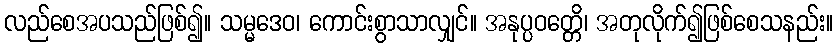
လည်စေအပသည်ဖြစ်၍။ သမ္မဒေဝ၊ ကောင်းစွာသာလျှင်။ အနုပ္ပဝတ္တေိ၊ အတုလိုက်၍ဖြစ်စေသနည်း။